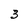
Character: 3